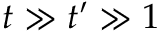
t \gg t ^ { \prime } \gg 1